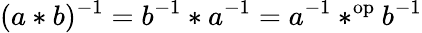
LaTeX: (a*b)^{-1}=b^{-1}*a^{-1}=a^{-1}*^{\mathrm{op}}b^{-1}